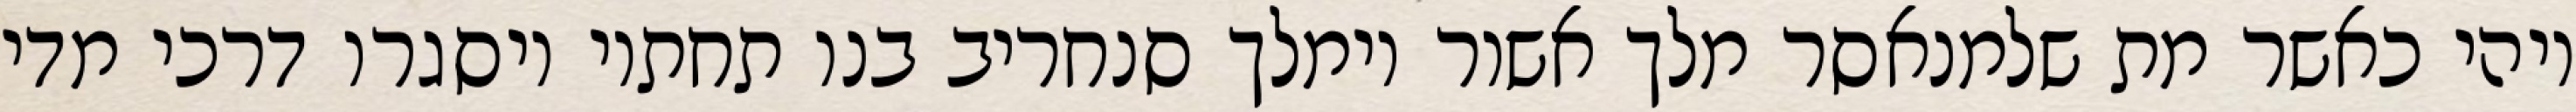
ויהי כאשר מת שלמנאסר מלך אשור וימלך סנחריב בנו תחתיו ויסגרו דרכי מדי